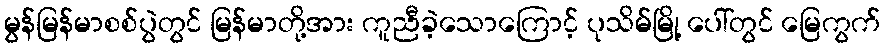
မွန်မြန်မာစစ်ပွဲတွင် မြန်မာတို့အား ကူညီခဲ့သောကြောင့် ပုသိမ်မြို့ ပေါ်တွင် မြေကွက်